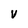
Character: v